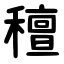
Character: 䆄